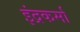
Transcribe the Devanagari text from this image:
इंद्रकर्मा